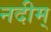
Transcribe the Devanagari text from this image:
नदीम्